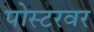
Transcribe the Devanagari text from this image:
पोस्टरवर